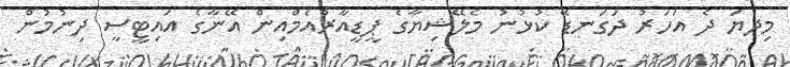
މިދޔަ ދެ އަހަރު ދަގަނޑޭ ކުޅުނު މެލޭޝިޔާގެ ޕީޑީއާރުއެމްއިން އޭނާގެ އައިޓީސީ ދިނުމުން